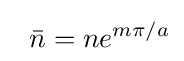
\;\;{\bar {n}}=ne^{m\pi /a}